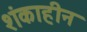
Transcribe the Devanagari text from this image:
शंकाहीन